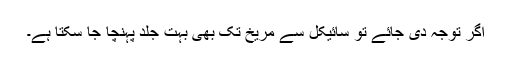
اگر توجہ دی جائے تو سائیکل سے مریخ تک بھی بہت جلد پہنچا جا سکتا ہے۔